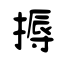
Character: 搙